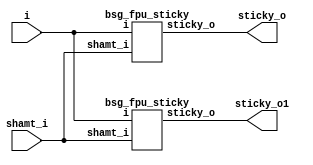


module top
(
  i,
  shamt_i,
  sticky_o,
  sticky_o1 // added for decompiling
);

  input [15:0] i;
  input [4:0] shamt_i;
  output sticky_o;
  output sticky_o1; // added for decompiling

  bsg_fpu_sticky
  wrapper
  (
    .i(i),
    .shamt_i(shamt_i),
    .sticky_o(sticky_o)
  );

  bsg_fpu_sticky
  wrapper1
  (
    .i(i),
    .shamt_i(shamt_i),
    .sticky_o(sticky_o1) // added for decompiling
  );




endmodule



module bsg_scan_width_p16_or_p1_lo_to_hi_p1
(
  i,
  o
);

  input [15:0] i;
  output [15:0] o;
  wire [15:0] o;
  wire t_3__15_,t_3__14_,t_3__13_,t_3__12_,t_3__11_,t_3__10_,t_3__9_,t_3__8_,t_3__7_,
  t_3__6_,t_3__5_,t_3__4_,t_3__3_,t_3__2_,t_3__1_,t_3__0_,t_2__15_,t_2__14_,
  t_2__13_,t_2__12_,t_2__11_,t_2__10_,t_2__9_,t_2__8_,t_2__7_,t_2__6_,t_2__5_,t_2__4_,
  t_2__3_,t_2__2_,t_2__1_,t_2__0_,t_1__15_,t_1__14_,t_1__13_,t_1__12_,t_1__11_,
  t_1__10_,t_1__9_,t_1__8_,t_1__7_,t_1__6_,t_1__5_,t_1__4_,t_1__3_,t_1__2_,t_1__1_,
  t_1__0_;
  assign t_1__15_ = i[0] | 1'b0;
  assign t_1__14_ = i[1] | i[0];
  assign t_1__13_ = i[2] | i[1];
  assign t_1__12_ = i[3] | i[2];
  assign t_1__11_ = i[4] | i[3];
  assign t_1__10_ = i[5] | i[4];
  assign t_1__9_ = i[6] | i[5];
  assign t_1__8_ = i[7] | i[6];
  assign t_1__7_ = i[8] | i[7];
  assign t_1__6_ = i[9] | i[8];
  assign t_1__5_ = i[10] | i[9];
  assign t_1__4_ = i[11] | i[10];
  assign t_1__3_ = i[12] | i[11];
  assign t_1__2_ = i[13] | i[12];
  assign t_1__1_ = i[14] | i[13];
  assign t_1__0_ = i[15] | i[14];
  assign t_2__15_ = t_1__15_ | 1'b0;
  assign t_2__14_ = t_1__14_ | 1'b0;
  assign t_2__13_ = t_1__13_ | t_1__15_;
  assign t_2__12_ = t_1__12_ | t_1__14_;
  assign t_2__11_ = t_1__11_ | t_1__13_;
  assign t_2__10_ = t_1__10_ | t_1__12_;
  assign t_2__9_ = t_1__9_ | t_1__11_;
  assign t_2__8_ = t_1__8_ | t_1__10_;
  assign t_2__7_ = t_1__7_ | t_1__9_;
  assign t_2__6_ = t_1__6_ | t_1__8_;
  assign t_2__5_ = t_1__5_ | t_1__7_;
  assign t_2__4_ = t_1__4_ | t_1__6_;
  assign t_2__3_ = t_1__3_ | t_1__5_;
  assign t_2__2_ = t_1__2_ | t_1__4_;
  assign t_2__1_ = t_1__1_ | t_1__3_;
  assign t_2__0_ = t_1__0_ | t_1__2_;
  assign t_3__15_ = t_2__15_ | 1'b0;
  assign t_3__14_ = t_2__14_ | 1'b0;
  assign t_3__13_ = t_2__13_ | 1'b0;
  assign t_3__12_ = t_2__12_ | 1'b0;
  assign t_3__11_ = t_2__11_ | t_2__15_;
  assign t_3__10_ = t_2__10_ | t_2__14_;
  assign t_3__9_ = t_2__9_ | t_2__13_;
  assign t_3__8_ = t_2__8_ | t_2__12_;
  assign t_3__7_ = t_2__7_ | t_2__11_;
  assign t_3__6_ = t_2__6_ | t_2__10_;
  assign t_3__5_ = t_2__5_ | t_2__9_;
  assign t_3__4_ = t_2__4_ | t_2__8_;
  assign t_3__3_ = t_2__3_ | t_2__7_;
  assign t_3__2_ = t_2__2_ | t_2__6_;
  assign t_3__1_ = t_2__1_ | t_2__5_;
  assign t_3__0_ = t_2__0_ | t_2__4_;
  assign o[0] = t_3__15_ | 1'b0;
  assign o[1] = t_3__14_ | 1'b0;
  assign o[2] = t_3__13_ | 1'b0;
  assign o[3] = t_3__12_ | 1'b0;
  assign o[4] = t_3__11_ | 1'b0;
  assign o[5] = t_3__10_ | 1'b0;
  assign o[6] = t_3__9_ | 1'b0;
  assign o[7] = t_3__8_ | 1'b0;
  assign o[8] = t_3__7_ | t_3__15_;
  assign o[9] = t_3__6_ | t_3__14_;
  assign o[10] = t_3__5_ | t_3__13_;
  assign o[11] = t_3__4_ | t_3__12_;
  assign o[12] = t_3__3_ | t_3__11_;
  assign o[13] = t_3__2_ | t_3__10_;
  assign o[14] = t_3__1_ | t_3__9_;
  assign o[15] = t_3__0_ | t_3__8_;

endmodule



module bsg_fpu_sticky
(
  i,
  shamt_i,
  sticky_o
);

  input [15:0] i;
  input [4:0] shamt_i;
  output sticky_o;
  wire sticky_o,N0,N1,N2,N3,N4,N5,N6,N7,N8,N9,N10,N11,N12,N13,N14,N15,N16,N17,N18,N19,
  N20,N21,N22,N23,N24,N25,N26,N27,N28,N29,N30,N31,N32,N33,N34,N35,N36,N37,N38,N39,
  N40,N41,N42,N43,N44,N45,N46,N47,N48,N49,N50,N51,N52,N53,N54,N55,N56,N57,N58,N59,
  N60,N61,N62,N63,N64,N65,N66,N67,N68,N69;
  wire [15:0] scan_out;

  bsg_scan_width_p16_or_p1_lo_to_hi_p1
  scan0
  (
    .i(i),
    .o(scan_out)
  );

  assign N51 = shamt_i > { 1'b1, 1'b0, 1'b0, 1'b0, 1'b0 };
  assign N53 = N0 & N1 & (N2 & N3) & N4;
  assign N0 = ~shamt_i[4];
  assign N1 = ~shamt_i[3];
  assign N2 = ~shamt_i[2];
  assign N3 = ~shamt_i[0];
  assign N4 = ~shamt_i[1];
  assign N54 = N5 & N6 & (shamt_i[0] & N7);
  assign N5 = ~shamt_i[3];
  assign N6 = ~shamt_i[2];
  assign N7 = ~shamt_i[1];
  assign N55 = N8 & N9 & (N10 & shamt_i[1]);
  assign N8 = ~shamt_i[3];
  assign N9 = ~shamt_i[2];
  assign N10 = ~shamt_i[0];
  assign N56 = N11 & N12 & (shamt_i[0] & shamt_i[1]);
  assign N11 = ~shamt_i[3];
  assign N12 = ~shamt_i[2];
  assign N57 = N13 & shamt_i[2] & (N14 & N15);
  assign N13 = ~shamt_i[3];
  assign N14 = ~shamt_i[0];
  assign N15 = ~shamt_i[1];
  assign N58 = N16 & shamt_i[2] & (shamt_i[0] & N17);
  assign N16 = ~shamt_i[3];
  assign N17 = ~shamt_i[1];
  assign N59 = N18 & shamt_i[2] & (N19 & shamt_i[1]);
  assign N18 = ~shamt_i[3];
  assign N19 = ~shamt_i[0];
  assign N60 = N20 & shamt_i[2] & (shamt_i[0] & shamt_i[1]);
  assign N20 = ~shamt_i[3];
  assign N61 = shamt_i[3] & N21 & (N22 & N23);
  assign N21 = ~shamt_i[2];
  assign N22 = ~shamt_i[0];
  assign N23 = ~shamt_i[1];
  assign N62 = shamt_i[3] & N24 & (shamt_i[0] & N25);
  assign N24 = ~shamt_i[2];
  assign N25 = ~shamt_i[1];
  assign N63 = shamt_i[3] & N26 & (N27 & shamt_i[1]);
  assign N26 = ~shamt_i[2];
  assign N27 = ~shamt_i[0];
  assign N64 = shamt_i[3] & N28 & (shamt_i[0] & shamt_i[1]);
  assign N28 = ~shamt_i[2];
  assign N65 = shamt_i[3] & shamt_i[2] & (N29 & N30);
  assign N29 = ~shamt_i[0];
  assign N30 = ~shamt_i[1];
  assign N66 = shamt_i[3] & shamt_i[2] & (shamt_i[0] & N31);
  assign N31 = ~shamt_i[1];
  assign N67 = shamt_i[3] & shamt_i[2] & (N32 & shamt_i[1]);
  assign N32 = ~shamt_i[0];
  assign N68 = shamt_i[3] & shamt_i[2] & (shamt_i[0] & shamt_i[1]);
  assign sticky_o = (N33)? scan_out[15] : 
                    (N52)? N69 : 1'b0;
  assign N33 = N51;
  assign N69 = (N34)? 1'b0 : 
               (N35)? scan_out[0] : 
               (N36)? scan_out[1] : 
               (N37)? scan_out[2] : 
               (N38)? scan_out[3] : 
               (N39)? scan_out[4] : 
               (N40)? scan_out[5] : 
               (N41)? scan_out[6] : 
               (N42)? scan_out[7] : 
               (N43)? scan_out[8] : 
               (N44)? scan_out[9] : 
               (N45)? scan_out[10] : 
               (N46)? scan_out[11] : 
               (N47)? scan_out[12] : 
               (N48)? scan_out[13] : 
               (N49)? scan_out[14] : 
               (N50)? scan_out[15] : 1'b0;
  assign N34 = N53;
  assign N35 = N54;
  assign N36 = N55;
  assign N37 = N56;
  assign N38 = N57;
  assign N39 = N58;
  assign N40 = N59;
  assign N41 = N60;
  assign N42 = N61;
  assign N43 = N62;
  assign N44 = N63;
  assign N45 = N64;
  assign N46 = N65;
  assign N47 = N66;
  assign N48 = N67;
  assign N49 = N68;
  assign N50 = shamt_i[4];
  assign N52 = ~N51;

endmodule